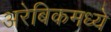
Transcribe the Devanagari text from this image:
अरेबिकमध्ये